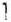
1